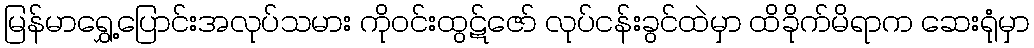
မြန်မာရွှေ့ပြောင်းအလုပ်သမား ကိုဝင်းထွဋ်ဇော် လုပ်ငန်းခွင်ထဲမှာ ထိခိုက်မိရာက ဆေးရုံမှာ